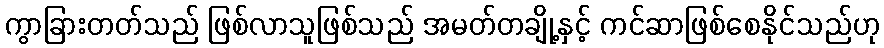
ကွာခြားတတ်သည် ဖြစ်လာသူဖြစ်သည် အမတ်တချို့နှင့် ကင်ဆာဖြစ်စေနိုင်သည်ဟု